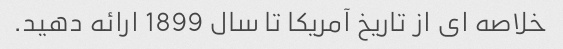
خلاصه ای از تاریخ آمریکا تا سال 1899 ارائه دهید.